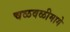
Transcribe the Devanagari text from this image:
चळवळीमागे